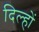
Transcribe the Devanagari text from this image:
दिल्हों